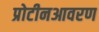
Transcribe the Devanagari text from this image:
प्रोटीनआवरण